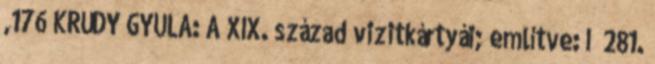
,176 KRÚDY GYULA: A XIX. század vizitkártyái; említve: I 281.